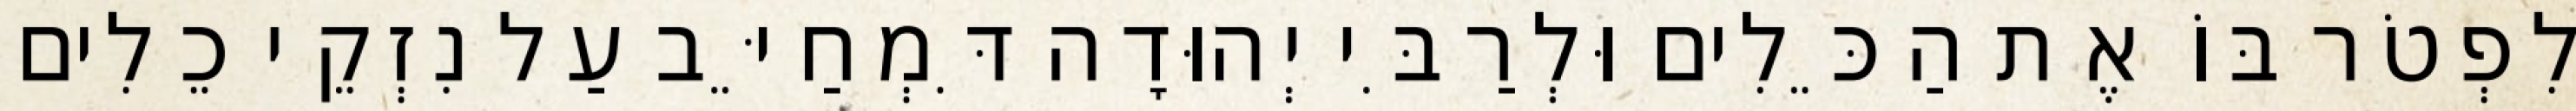
לִפְטֹר בּוֹ אֶת הַכֵּלִים וּלְרַבִּי יְהוּדָה דִּמְחַיֵּב עַל נִזְקֵי כֵלִים